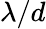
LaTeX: \lambda/d